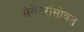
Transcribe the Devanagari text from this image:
सेनेटरांसोबत